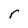
Character: r